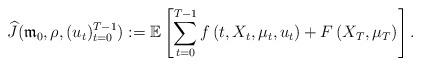
LaTeX: \begin{align*}\widehat J(\mathfrak{m}_0, \rho, (u_t)_{t=0}^{T-1}):= \mathbb{E}\left[ \sum_{t=0}^{T-1}f\left(t,X_{t},\mu_t,u_t\right) +F\left(X_T,\mu_T\right) \right].\end{align*}